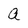
Character: a